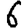
Digit: 6